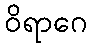
ဝိရာဂေ